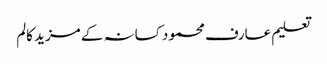
تعلیم عارف محمود کسانہ کے مزید کالم